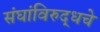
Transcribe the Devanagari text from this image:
संघांविरुद्धचे